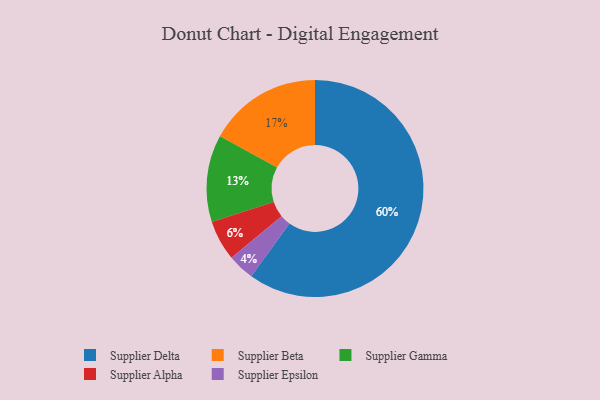
{"axis": {"x": "Category", "y": "Percentage"}, "legend": ["Supplier Alpha", "Supplier Beta", "Supplier Delta", "Supplier Epsilon", "Supplier Gamma"], "data": [{"x": "Supplier Beta", "y": 17, "type": "Supplier Beta"}, {"x": "Supplier Gamma", "y": 13, "type": "Supplier Gamma"}, {"x": "Supplier Alpha", "y": 6, "type": "Supplier Alpha"}, {"x": "Supplier Epsilon", "y": 4, "type": "Supplier Epsilon"}, {"x": "Supplier Delta", "y": 60, "type": "Supplier Delta"}]}